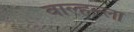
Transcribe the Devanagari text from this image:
वाल्हल्ला